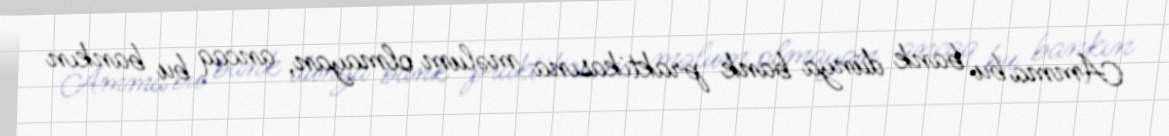
Amma bu bank dünya bank praktikasına məlum olmayan, ancaq bu bankın